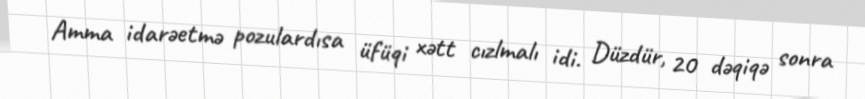
Amma idarəetmə pozulardısa üfüqi xətt cızlmalı idi. Düzdür, 20 dəqiqə sonra